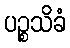
ပဉ္စသိခံ